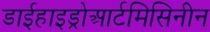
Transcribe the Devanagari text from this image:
डाईहाइड्रोआर्टमिसिनीन